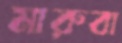
মারুবা